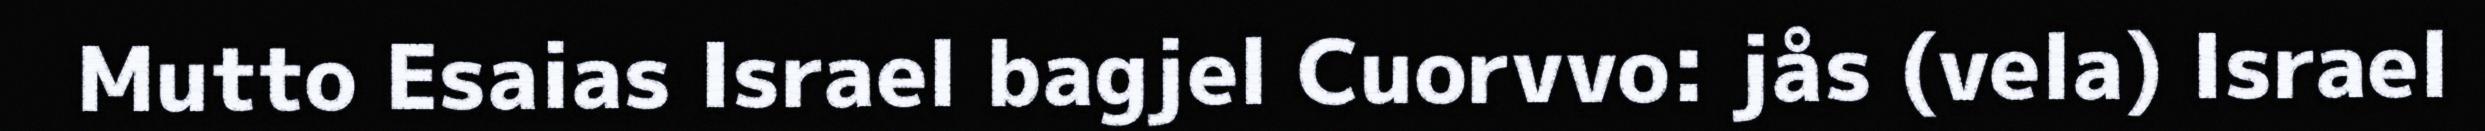
Mutto Esaias Israel bagjel Cuorvvo: jås (vela) Israel